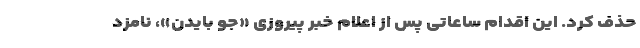
حذف کرد. این اقدام ساعاتی پس از اعلام خبر پیروزی «جو بایدن»، نامزد